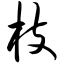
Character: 枝